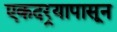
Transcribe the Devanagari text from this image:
एकदर्‍यापासून